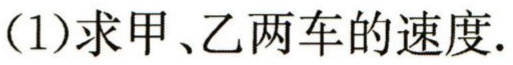
(1)求甲、乙两车的速度.